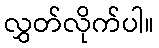
လွှတ်လိုက်ပါ။